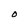
Character: O